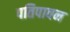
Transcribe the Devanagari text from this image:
पतिपावन